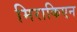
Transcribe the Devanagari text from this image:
मिराकिएन